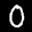
Label: 0